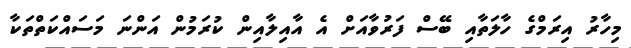
މިހާރު އިރަމްގެ ހާލަތާއި ބޭސް ފަރުވާއަށް އެ އާއިލާއިން ކުރަމުން އަންނަ މަސައްކަތްތަކާ